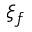
\xi _ { f }